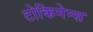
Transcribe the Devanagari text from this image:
टोकिनेन्स